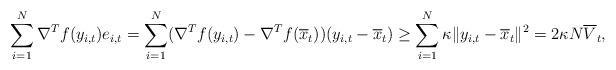
LaTeX: \begin{align*}\sum_{i=1}^N \nabla^T f(y_{i,t}) e_{i,t} = \sum_{i=1}^N (\nabla^Tf(y_{i,t})-\nabla^T f(\overline{x}_t)) (y_{i,t}-\overline{x}_t)\geq \sum_{i=1}^N \kappa \|y_{i,t}-\overline{x}_t\|^2 = 2\kappa N\overline{V}_t,\end{align*}